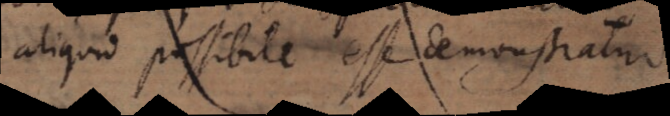
aliquid possibile esse demonstratur:).